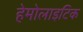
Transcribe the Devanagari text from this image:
हेमोलाइटिक